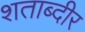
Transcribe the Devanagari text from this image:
शताब्दीर